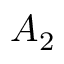
A _ { 2 }